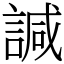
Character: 諴